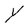
Character: Y